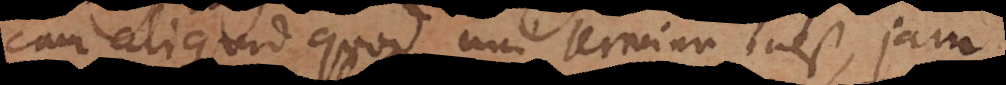
cum aliquid quod uni termino inest, jam